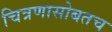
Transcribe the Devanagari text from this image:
चित्रणासोबतच